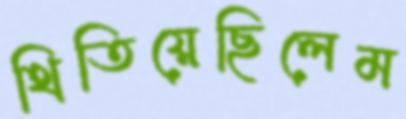
থিতিয়েছিলেম